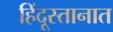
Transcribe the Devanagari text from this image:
हिंदूस्तानात